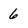
Character: 6